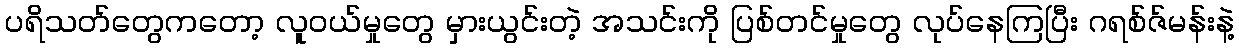
ပရိသတ်တွေကတော့ လူဝယ်မှုတွေ မှားယွင်းတဲ့ အသင်းကို ပြစ်တင်မှုတွေ လုပ်နေကြပြီး ဂရစ်ဇ်မန်းနဲ့